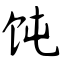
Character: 饨